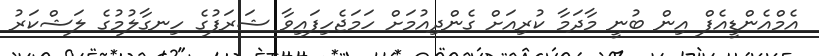
އެމްއެންޑީއެފް އިން ބުނީ މާދަމާ ކުރިއަށް ގެންދިއުމަށް ހަމަޖެހިފައިވާ ޝަރަފުގެ ހިނގާލުމުގެ ލަޝްކަރު